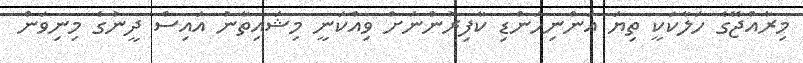
މިރާއްޖޭގެ ހަލާކަކީ ތިޔަ އަންނިހަންޑި ކާފިރުންނަށް ވިއްކަނީ މިޝައިތާނު އައިސް ދީނުގެ މިނިވަން